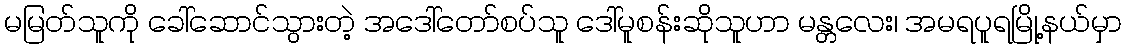
မမြတ်သူကို ခေါ်ဆောင်သွားတဲ့ အဒေါ်တော်စပ်သူ ဒေါ်မူစန်းဆိုသူဟာ မန္တလေး၊ အမရပူရမြို့နယ်မှာ